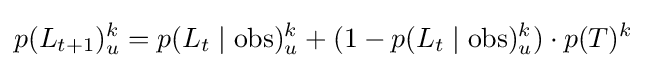
p(L_{t+1})_{u}^{k}=p(L_{t}\mid {\text{obs}})_{u}^{k}+(1-p(L_{t}\mid {\text{obs}})_{u}^{k})\cdot p(T)^{k}